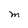
Character: M